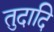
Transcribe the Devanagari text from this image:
तुदादि